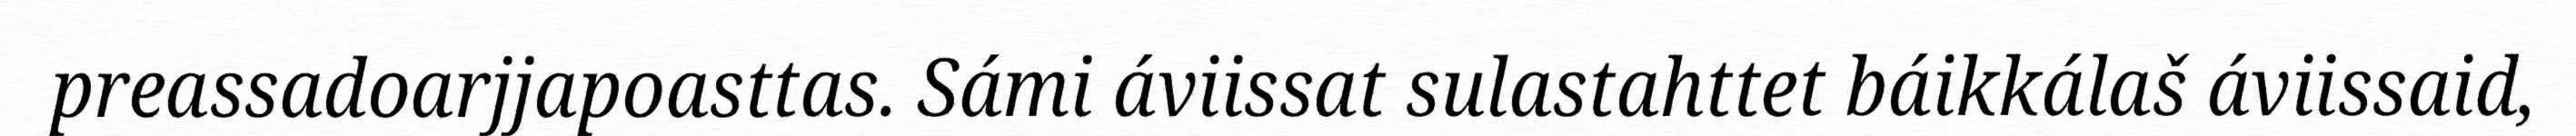
preassadoarjjapoasttas. Sámi áviissat sulastahttet báikkálaš áviissaid,